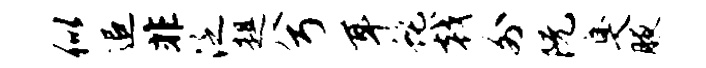
似追非泛趄兮耳蛇戟外阮臭腋